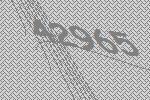
42965